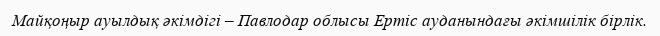
Майқоңыр ауылдық әкімдігі – Павлодар облысы Ертіс ауданындағы әкімшілік бірлік.